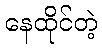
နေထိုင်တဲ့